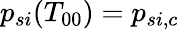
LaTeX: p_{si}(T_{00})=p_{si,c}